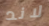
لاند